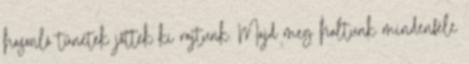
hasonló tünetek jöttek ki rajtunk. Majd meg haltunk mindenféle